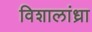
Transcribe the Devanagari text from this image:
विशालांध्रा